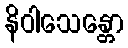
နိဝါသေန္တော